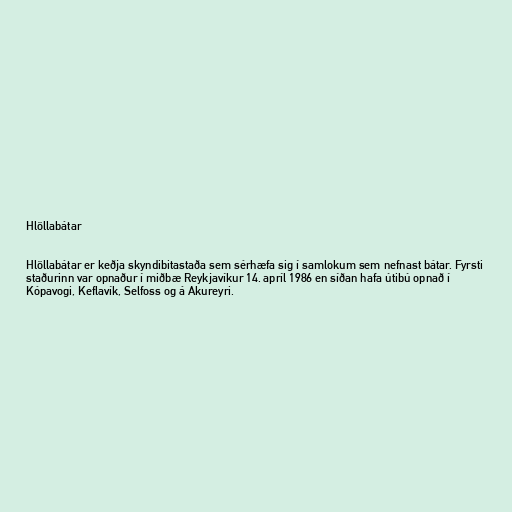
Hlöllabátar

Hlöllabátar er keðja skyndibitastaða sem sérhæfa sig í samlokum sem nefnast bátar. Fyrsti
staðurinn var opnaður í miðbæ Reykjavíkur 14. apríl 1986 en síðan hafa útibú opnað í
Kópavogi, Keflavík, Selfoss og á Akureyri.